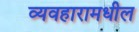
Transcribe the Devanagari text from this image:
व्यवहारामधील